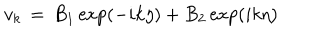
LaTeX: v _ { k } \, = \, B _ { 1 } \exp ( - i k \eta ) + B _ { 2 } \exp ( i k \eta )